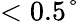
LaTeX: <0.5°